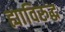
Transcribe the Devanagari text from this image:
ह्याविरुद्ध